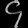
Digit: ၄